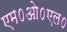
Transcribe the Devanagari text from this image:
एम०ओ०एल०